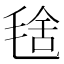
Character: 𣮞